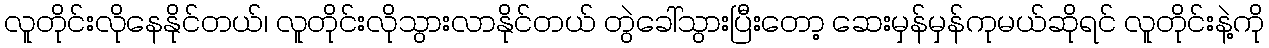
လူတိုင်းလိုနေနိုင်တယ်၊ လူတိုင်းလိုသွားလာနိုင်တယ် တွဲခေါ်သွားပြီးတော့ ဆေးမှန်မှန်ကုမယ်ဆိုရင် လူတိုင်းနဲ့ကို